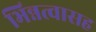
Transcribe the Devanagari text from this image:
भिन्नत्वासह